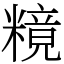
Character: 糡